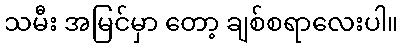
သမီး အမြင်မှာ တော့ ချစ်စရာလေးပါ။